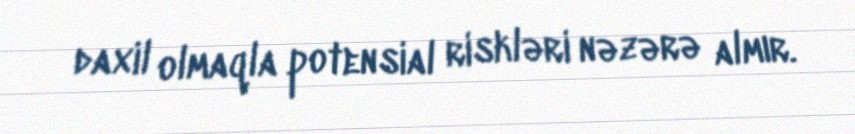
daxil olmaqla potensial riskləri nəzərə almır.